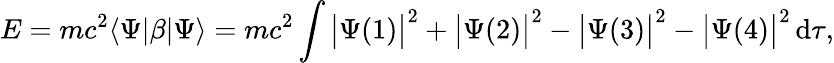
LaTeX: E=mc^{2}\langle\Psi|\beta|\Psi\rangle=mc^{2}\int{\big|}\Psi(1){\big|}^{2}+{\big|}\Psi(2){\big|}^{2}-{\big|}\Psi(3){\big|}^{2}-{\big|}\Psi(4){\big|}^{2}\, \mathrm{d}\tau,